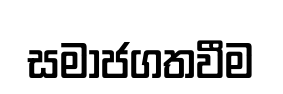
සමාජගතවීම